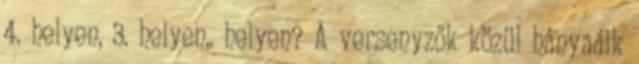
4. helyen, 3. helyen,. helyen? A versenyzők közül hányadik